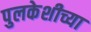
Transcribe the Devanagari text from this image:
पुलकेशीच्या